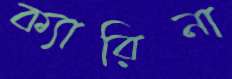
ক্যারিনা